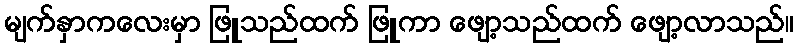
မျက်နှာကလေးမှာ ဖြူသည်ထက် ဖြူကာ ဖျော့သည်ထက် ဖျော့လာသည်။